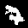
Label: 7